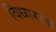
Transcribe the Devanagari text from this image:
विंध्यराज